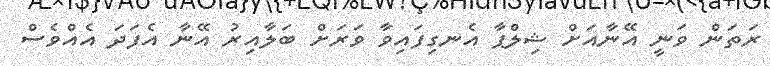
ރަތަން ވަނީ އޭނާއަށް ޝިލްޕާ އެނގިފައިވާ ވަރަށް ބަލާއިރު އޭނާ އެފަދަ އެއްވެސް